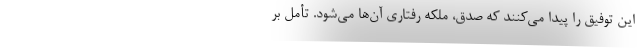
این توفیق را پیدا می‌کنند که صدق، ملکه رفتاری آن‌ها می‌شود. تأمل بر